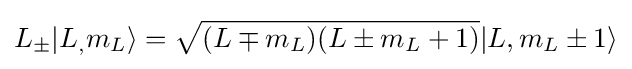
L_{\pm }|L_{,}m_{L}\rangle ={\sqrt {(L\mp m_{L})(L\pm m_{L}+1)}}|L,m_{L}\pm 1\rangle